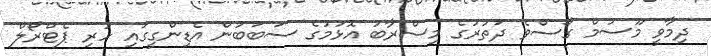
ދިމާވީ މޫސުމް ގޯސްވެ ދަތުރުގެ މިސްރާބު އޮޅުމުގެ ސަބަބުން އެޑިންގީގައި ހުރި ޕެޓްރޯލް